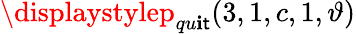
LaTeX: \displaystylep_{qu\mathbf{i}\mathsf{t}}(3,1,c,1,\vartheta)